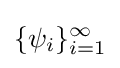
\{\psi _{i}\}_{i=1}^{\infty }